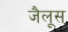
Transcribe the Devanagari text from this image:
जैलूस